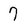
Character: 7